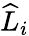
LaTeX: \widehat{L}_{i}